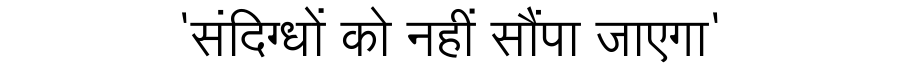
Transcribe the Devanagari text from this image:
'संदिग्धों को नहीं सौंपा जाएगा'